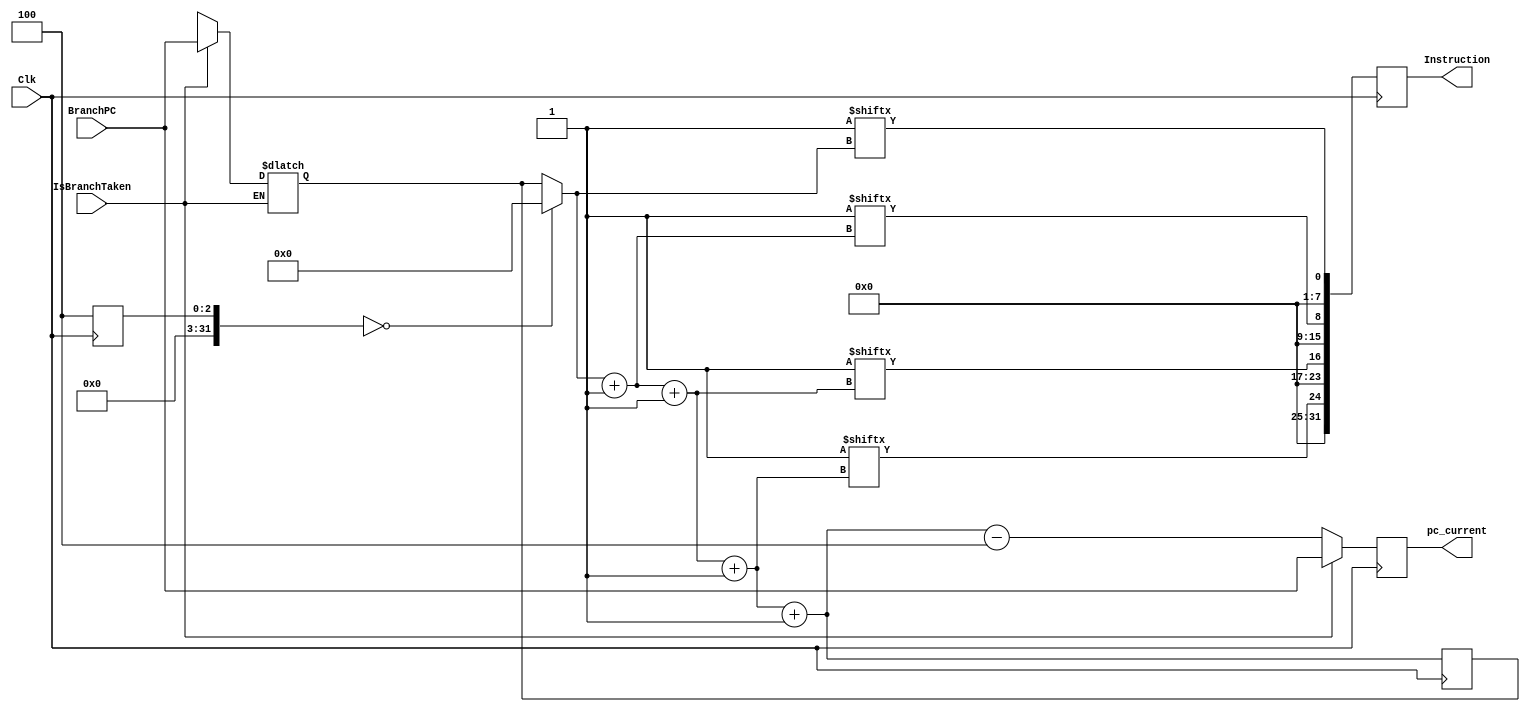
module IF(
          input Clk,
          input IsBranchTaken,
          input [31:0] BranchPC,
          output [31:0] pc_current,
          output [31:0] Instruction
         );

wire [31:0] BranchPC;
wire Clk,IsBranchTaken;
reg [31:0] Instruction;
reg [31:0] pc_current,pc_temp,PC;
integer hal,ind = 0;

//-------------------------------------------------------------------------
initial
begin
PC = 32'd0;
end
                   
                     always @(negedge Clk )
                     begin
                     
                     if(ind == 0)
                     begin
                     pc_temp = PC;
                     pc_current =PC;
                     end
                     
                     for (ind=0;ind<4;ind=ind+1)
                     begin
                     Instruction[8*ind +: 8] = P.M1.Mem[pc_temp];
                     pc_temp = pc_temp + 1;
                     end
                        
                     if(IsBranchTaken == 1)
                     begin
                     pc_current = BranchPC;
                     end
                     else
                     begin
                     pc_current = pc_temp - 4;
                     end
                                     
                     end
                     
                     always @(IsBranchTaken)
                     begin
                                                              
                     if (IsBranchTaken == 1)
                     begin
                     pc_temp = BranchPC;
                     end
                     else if ( IsBranchTaken == 0)
                     begin
                     pc_temp = pc_temp;
                     end
                     end
                     
endmodule